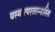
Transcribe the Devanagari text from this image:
यस्मात्परतरन्नास्ति